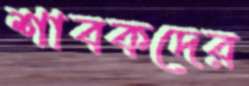
শাবকদের